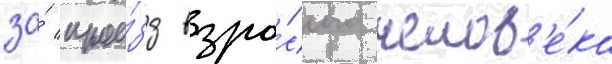
за́ прое́зд взро́слого челов'е́ка